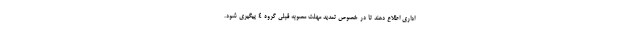
اداری اطلاع دهند تا در خصوص تمدید مهلت مصوبه قبلی گروه ۴ پیگیری شود.